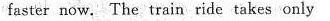
faster now. The train ride takes only